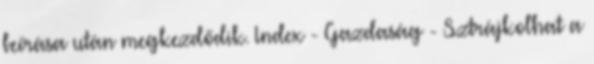
beírása után megkezdődik. Index - Gazdaság - Sztrájkolhat a